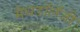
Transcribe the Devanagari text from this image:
मैथडॉलॅजी